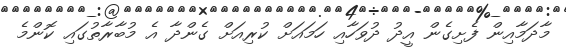
މާދަމާއިން ފެށިގެން އީދު ދުވަހާއި ހަމައަށް ކުރިއަށް ގެންދާ އެ މުބާރާތުގައި ކޮންމެ